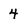
Character: 4